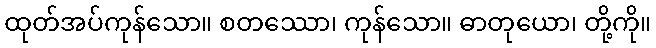
ထုတ်အပ်ကုန်သော။ စတဿော၊ ကုန်သော။ ဓာတုယော၊ တို့ကို။